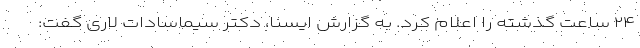
۲۴ ساعت گذشته را اعلام کرد. به گزارش ایسنا، دکتر سیماسادات لاری گفت: